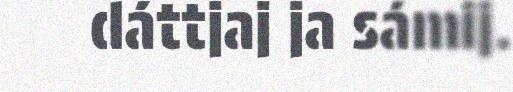
dáttjaj ja sámij.